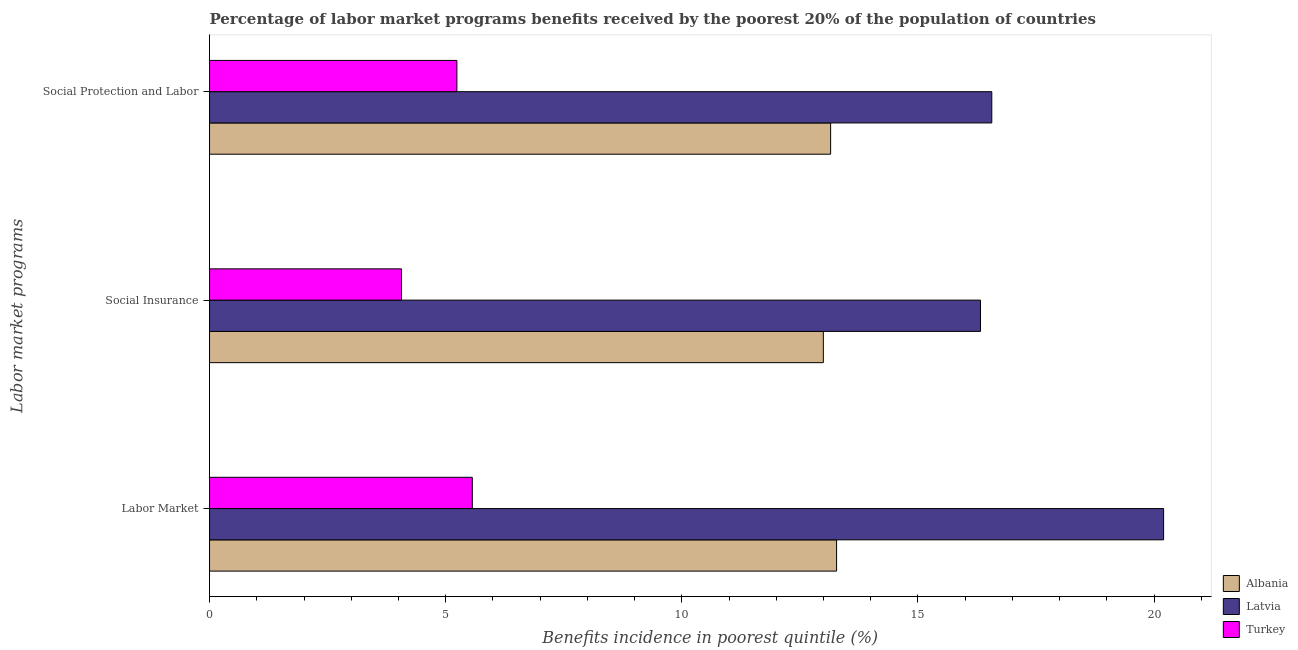
| Labor market programs | Albania | Latvia | Turkey |
 | --- | --- | --- | --- |
 | Labor Market | 13.3 | 20.2 | 5.56 |
 | Social Insurance | 13 | 16.3 | 4.06 |
 | Social Protection and Labor | 13.2 | 16.6 | 5.24 |